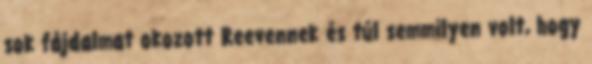
sok fájdalmat okozott Reevennek és túl semmilyen volt, hogy